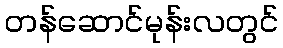
တန်ဆောင်မုန်းလတွင်